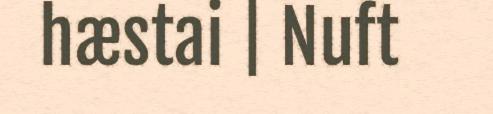
hæstai | Nuft